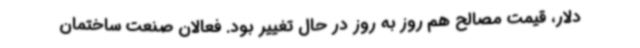
دلار، قیمت مصالح هم روز به روز در حال تغییر بود. فعالان صنعت ساختمان